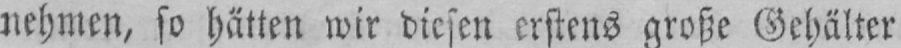
nehmen, so hätten wir diesen erstens große Gehälter